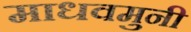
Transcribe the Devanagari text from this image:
माधवमुनी